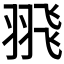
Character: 𦐭